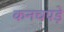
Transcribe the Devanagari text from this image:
कनचपड़े